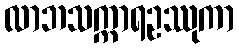
လာဘသက္ကာရဥဿုကာ